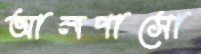
আলপাসো